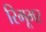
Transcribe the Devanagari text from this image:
रिमूभर